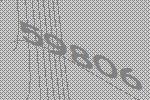
59806